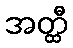
အတ္ထီ